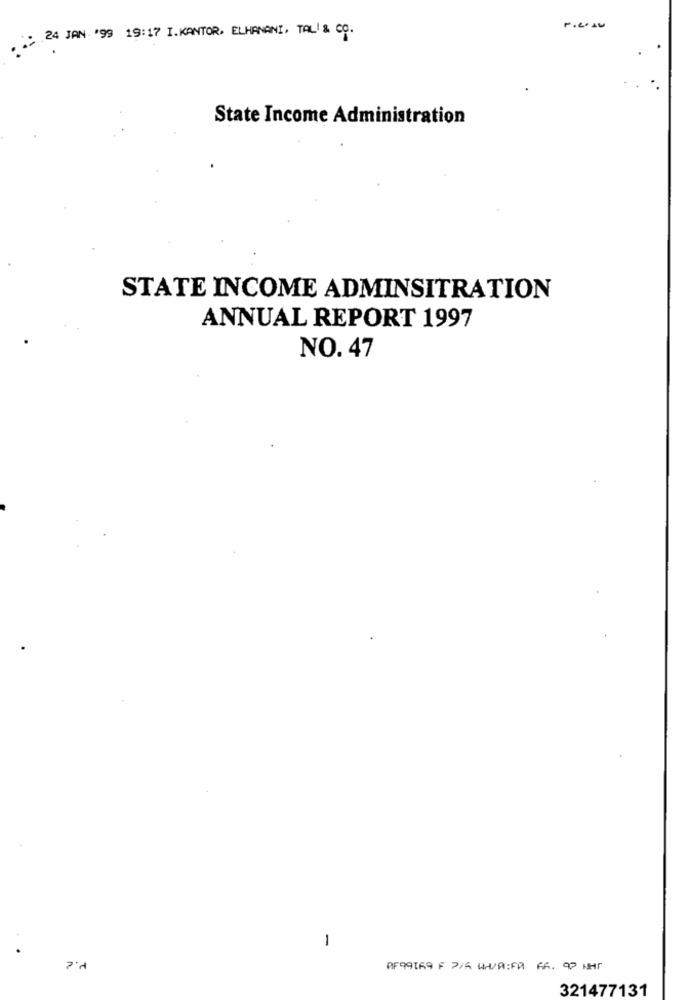
24 JAN '99 19:17 I.KANTOR. ELHANANI, TAL & CO.
State Income Administration
STATE INCOME ADMINSITRATION
ANNUAL REPORT 1997
NO. 47
1
P.e
AF99169 F 2/5 UHR:FR FR. 90 NHT
321477131